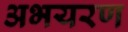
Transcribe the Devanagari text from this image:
अभयरण